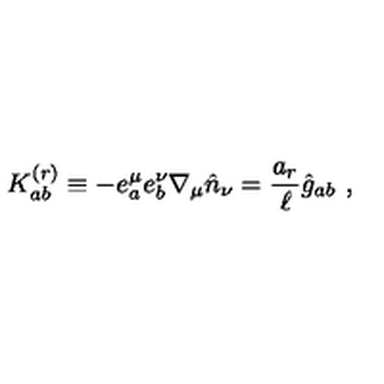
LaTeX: K _ { a b } ^ { ( r ) } \equiv - e _ { a } ^ { \mu } e _ { b } ^ { \nu } \nabla _ { \mu } { \hat { n } } _ { \nu } = { \frac { a _ { r } } { \ell } } { \hat { g } } _ { a b } \ ,